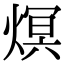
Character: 熐